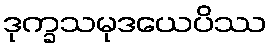
ဒုက္ခသမုဒယေပိဿ